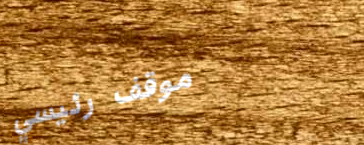
موقف رئيسي